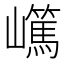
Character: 𡾬